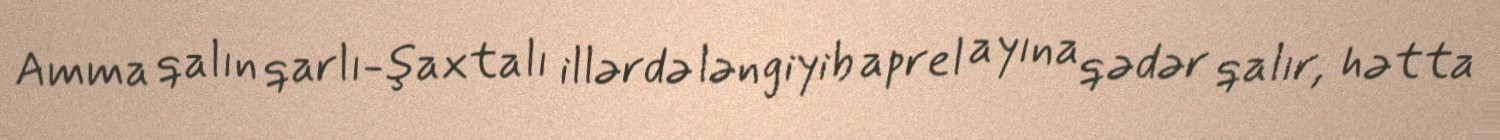
Amma qalın qarlı-şaxtalı illərdə ləngiyib aprel ayına qədər qalır, hətta